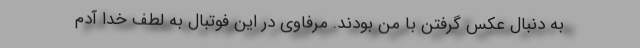
به دنبال عکس گرفتن با من بودند. مرفاوی در این فوتبال به لطف خدا آدم